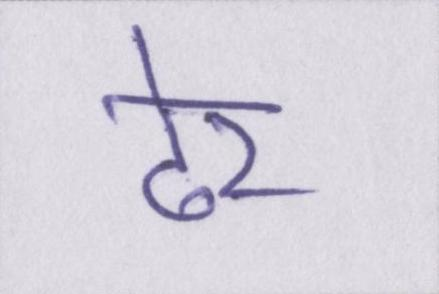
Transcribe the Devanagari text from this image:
ढेर